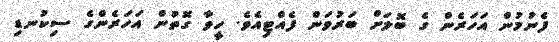
ފެނުމުން އަހަރެން ގެ ބޮލަށް ބަރުވަން ފެއްޓިއެވެ. ހީވާ ގޮތުން އަހަރެންގެ ސިކުނޑި